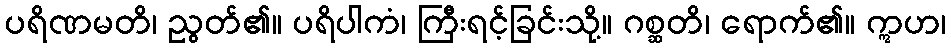
ပရိဏမတိ၊ ညွတ်၏။ ပရိပါကံ၊ ကြီးရင့်ခြင်းသို့။ ဂစ္ဆတိ၊ ရောက်၏။ ဣဟ၊